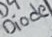
Text: Diode